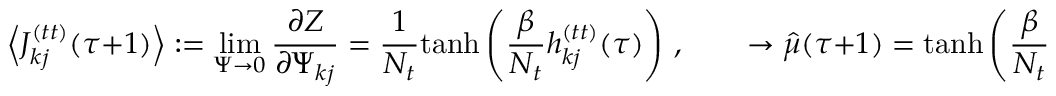
\Big \langle J _ { k j } ^ { ( t t ) } ( \tau + 1 ) \Big \rangle : = \operatorname* { l i m } _ { \Psi \rightarrow 0 } \frac { \partial Z } { \partial \Psi _ { k j } } = \frac { 1 } { N _ { t } } \mathrm { t a n h } \left( \frac { \beta } { N _ { t } } h _ { k j } ^ { ( t t ) } ( \tau ) \right) \, , \qquad \rightarrow \hat { \mu } ( \tau + 1 ) = \mathrm { t a n h } \left( \frac { \beta } { N _ { t } } h _ { k j } ^ { ( t t ) } ( \tau ) \right)